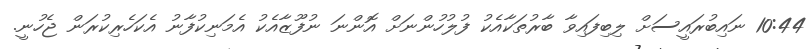
10:44 ނައިބުރައީސަށް ލިބިފައިވާ ބާރުތަކާއެކު ފުލުހުންނަށް އޮންނަ ނުފޫޒާއެކު އެމަނިކުފާނު އެކަހެރިކުރަން ޖެހުނީ.